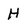
Character: H